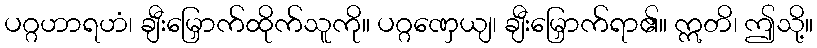
ပဂ္ဂဟာရဟံ၊ ချီးမြှောက်ထိုက်သူကို။ ပဂ္ဂဏှေယျ၊ ချီးမြှောက်ရာ၏။ ဣတိ၊ ဤသို့။